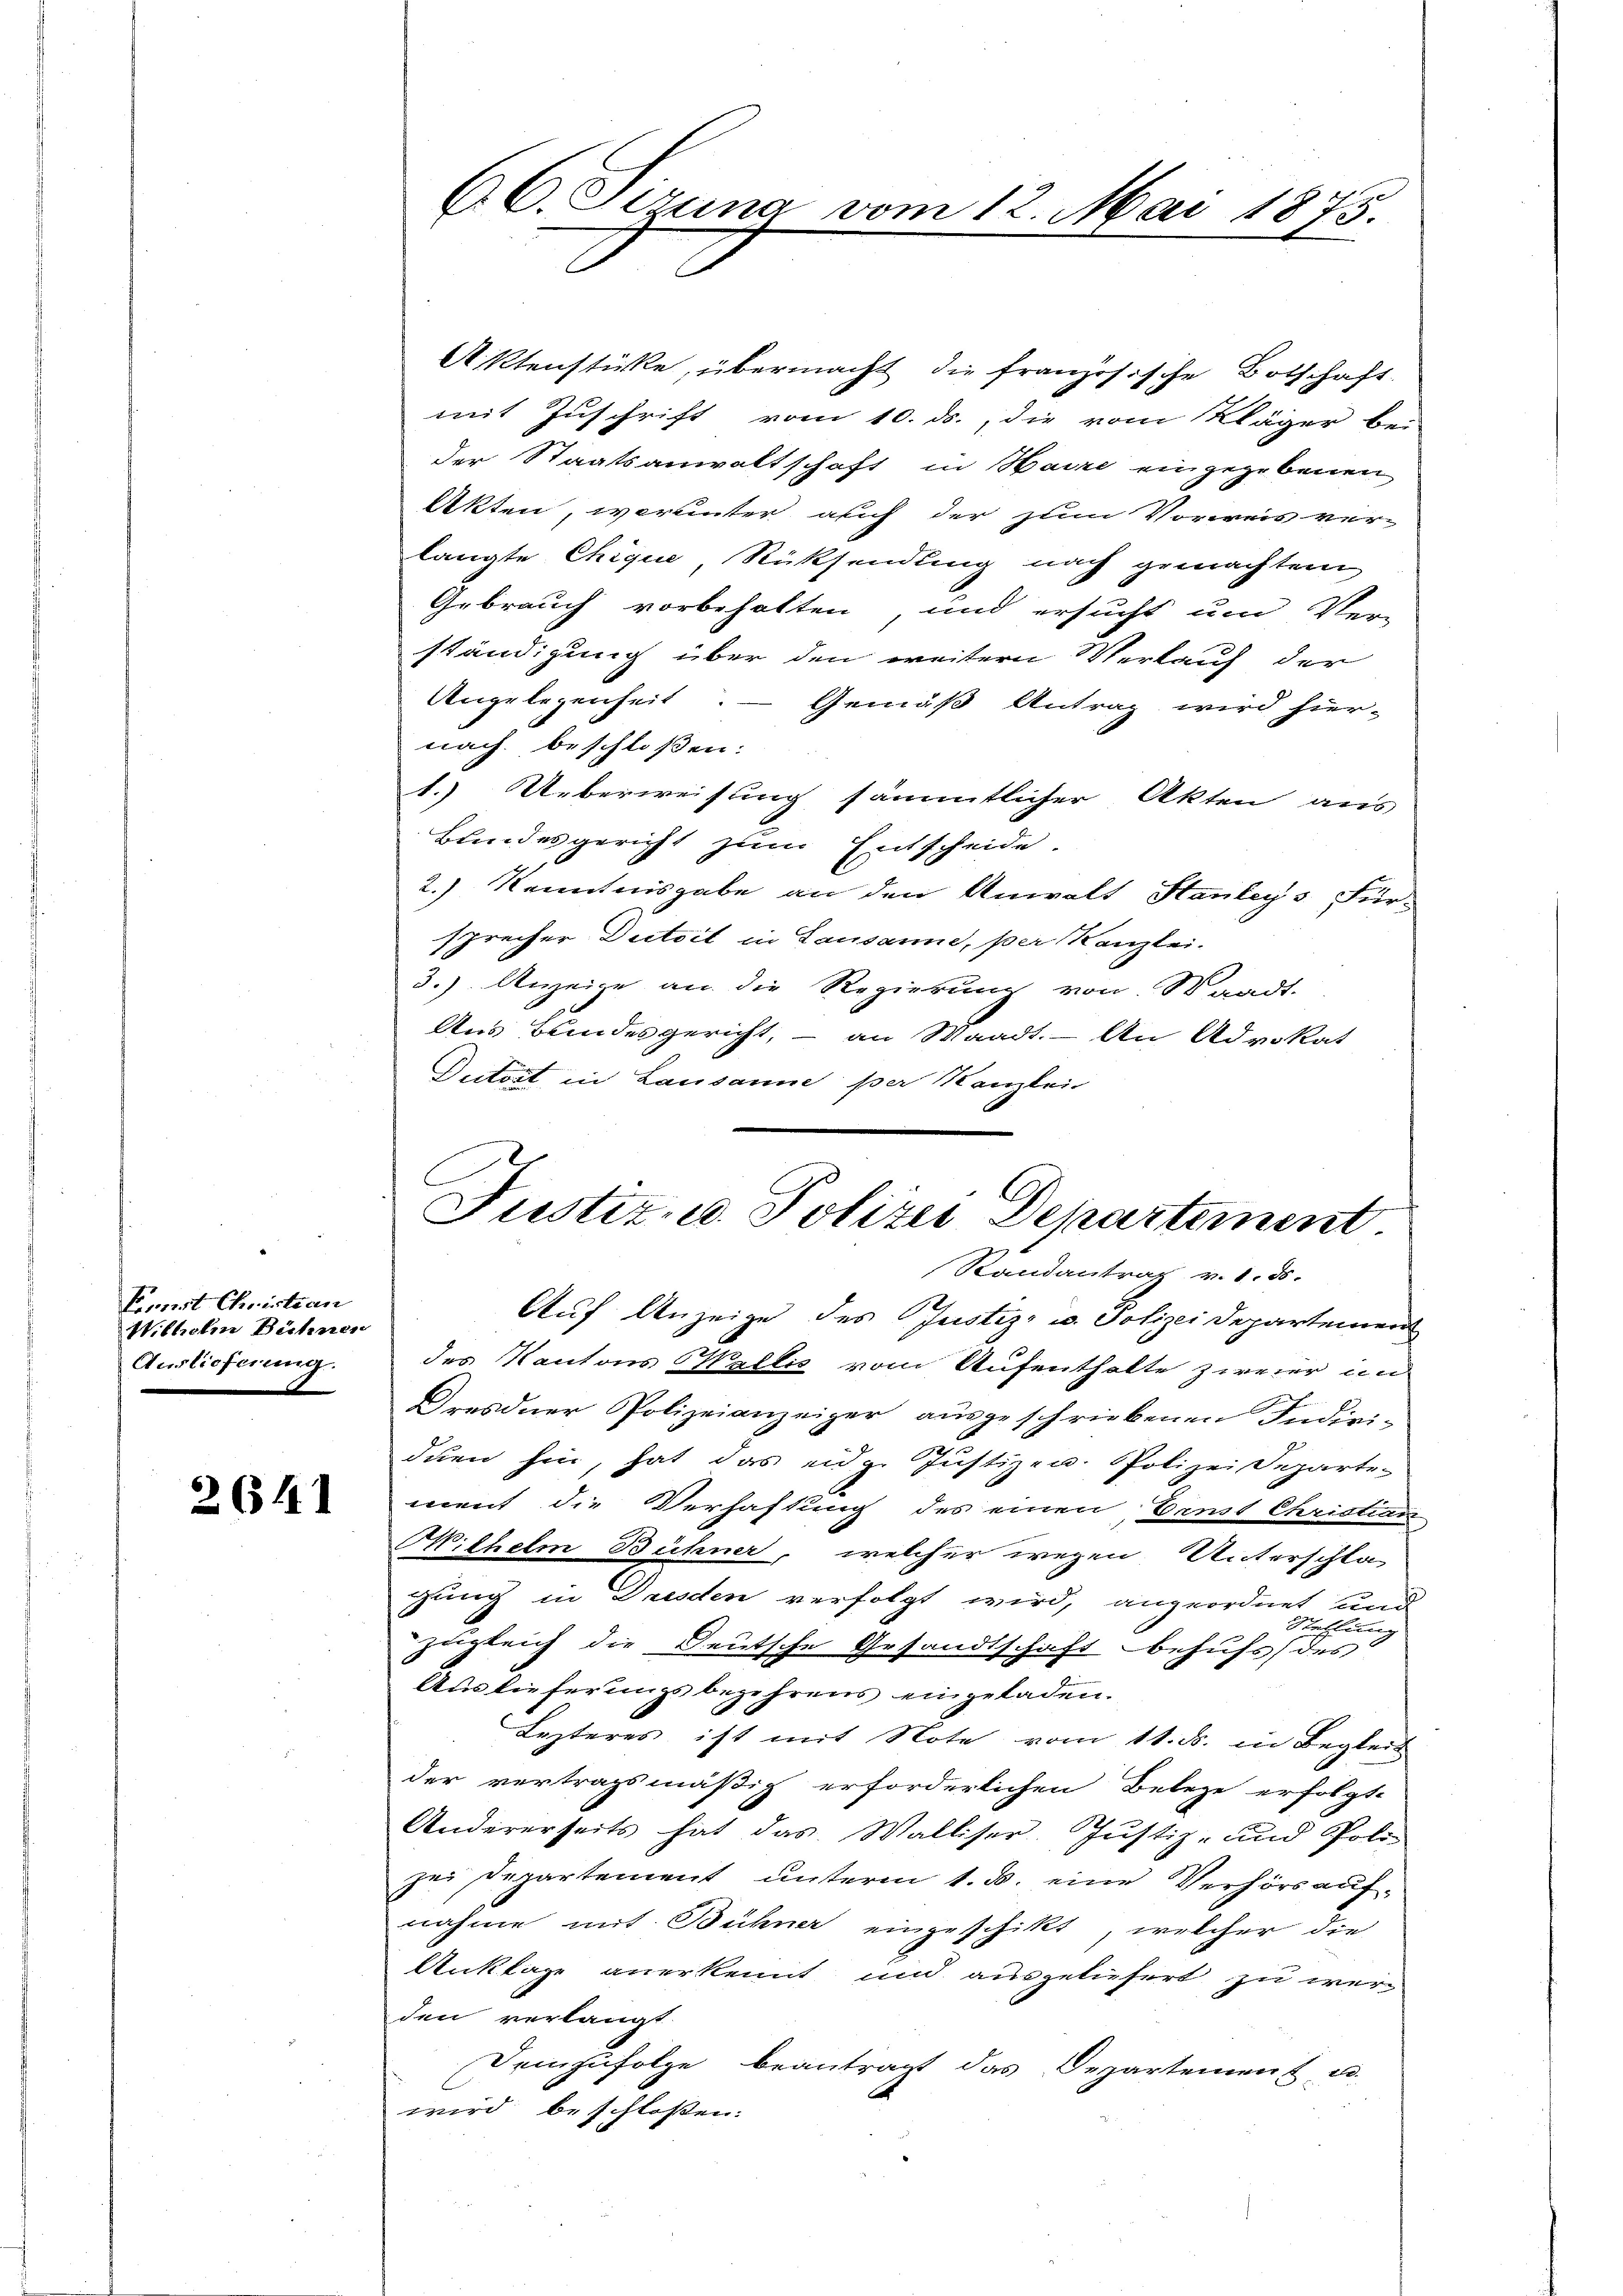
Emirt Christian
Wilhelm Bühnen
Auslieferung.

2641

Aktenstücke, übermacht die französische Botschaft.
mit Zuschrift vom 10. ds., die vom Kläger be-
der Staatsanwaltschaft in Baire eingegebenen
Akten, worunter auch der zum Vorweis ver-
langte Chique, Rücksendung nach gemachten
Gebrauch vorbehalten, und ersucht um Ver-
ständigung über den weitern Verlauf der
Angelegenheit. Gemäß Antrag wird hier-
nach beschloßen:
1.) Ueberweisung sämmtlicher Akten aus
Blindesgericht zum Entscheide.
2.) Kenntnisgabe an den Anwalt Stanleys Für-
sprecher Dictoit in Lausanne, per Kanzlei-
3.) Anzeige an die Regierung von Waadt.
Aus Bundesgericht, – an Waadt. - An Advokat
Dutort in Lausanne per Kanzlei

66. Ferung vom 12. Mai 1875.

Justiz- u. Polizei Departement
Randantrag v. 1. ds.

Auf Anzeige des Justiz- u. Polizei Departement
des Kantons Wallis vom Aufenthalte zweier an
Gresdner Polizeianzeiger ausgeschriebenen Indivi-
duen hin, hat das eidg. Justiz- u. Polizei Departe-
ment die Verhaftung des einen Ernst Christian
Wilhelm Bühner, welcher wegen Unterschlag
gung in Dresden verfolgt wird, angeordnet und
Steffung
zugleich die Deutsche Gesandtschaft behufs (des
Auslieferungsbegehrens eingeladen.
Lezteres ist mit Note vom 11. ds. in Begleit
der vertragsmäßig erforderlichen Belege erfolgte
Andererseits hat das Walliser. Justiz- und Poli-
sei Departement unterm 1. d. eine Verhörs auf-
nahme mit Bühner eingeschikt, welcher die
Unklage anerkennt und ausgeliefert zu werden verlangt.
Demzufolge beantragt das Departement u.
wird beschlossen: